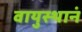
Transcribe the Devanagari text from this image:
वायुस्थानं